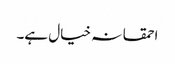
احمقانہ خیال ہے۔